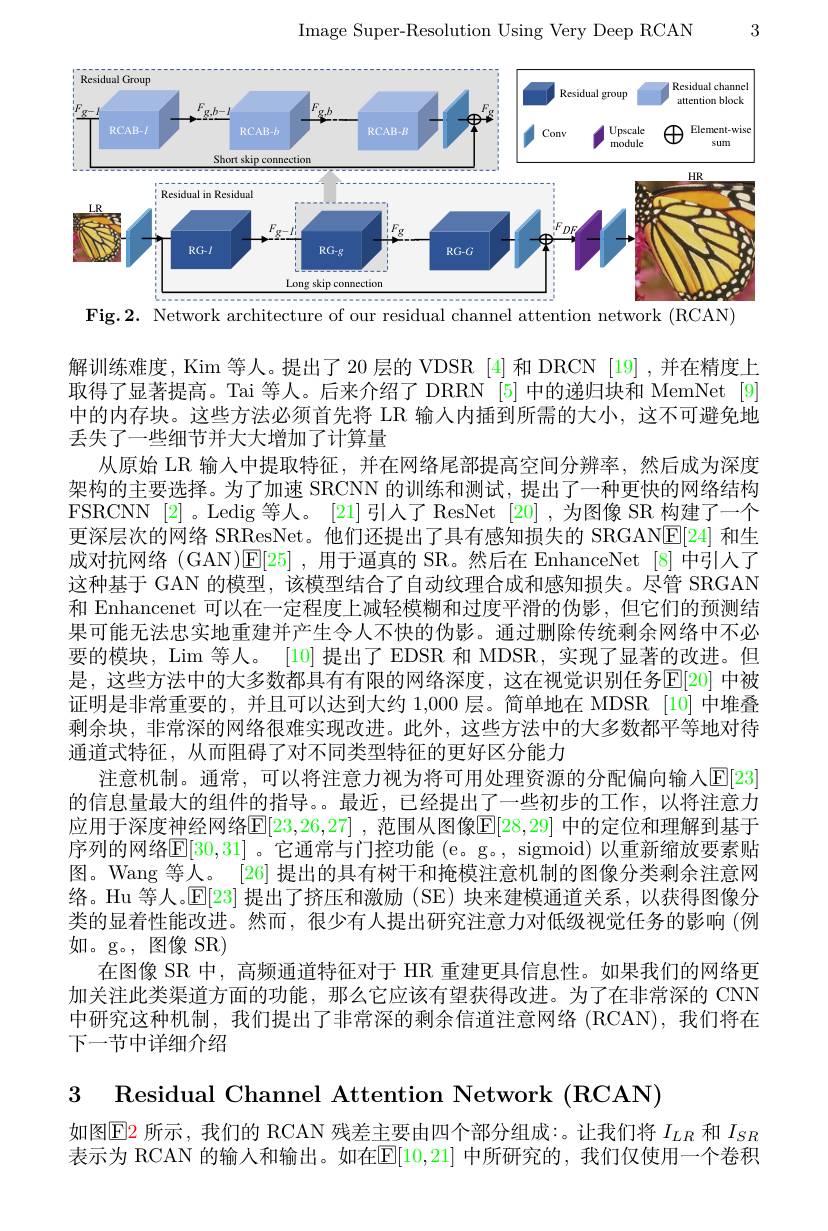
3

Image Super-Resolution Using Very Deep RCAN

<FigureHere>
Fig.2. Network architecture of our residual channel attention network (RCAN)

解训练难度，Kim 等人。提出了 20 层的 VDSR [4] 和 DRCN [19] ,并在精度上取得了显著提高。Tai 等人。后来介绍了 DRRN [5] 中的递归块和 MemNet [9] 中的内存块。这些方法必须首先将 LR 输入内插到所需的大小，这不可避免地丢失了一些细节并大大增加了计算量
从原始 LR 输入中提取特征，并在网络尾部提高空间分辨率，然后成为深度架构的主要选择。为了加速 SRCNN 的训练和测试，提出了一种更快的网络结构FSRCNN [2]。Ledig 等人。[21]引人了ResNet [20],为图像 SR 构建了一个更深层次的网络 SRResNet。他们还提出了具有感知损失的 SRGAN$\boxed{\mathrm{E}}[24]$和生成对抗网络 (GAN)[E[25],用于逼真的 SR。然后在 EnhanceNet [8]中引人了这种基于 GAN 的模型，该模型结合了自动纹理合成和感知损失。尽管 SRGAN 和 Enhancenet 可以在一定程度上减轻模糊和过度平滑的伪影，但它们的预测结果可能无法忠实地重建并产生令人不快的伪影。通过删除传统剩余网络中不必要的模块，Lim 等人。[10] 提出了 EDSR 和 MDSR, 实现了显著的改进。但是，这些方法中的大多数都具有有限的网络深度，这在视觉识别任务E[20] 中被证明是非常重要的，并且可以达到大约 1,000 层。简单地在 MDSR [10] 中堆叠剩余块，非常深的网络很难实现改进。此外，这些方法中的大多数都平等地对待通道式特征，从而阻碍了对不同类型特征的更好区分能力
注意机制。通常，可以将注意力视为将可用处理资源的分配偏向输入$\operatorname{E}[23]$ 的信息量最大的组件的指导。。最近，已经提出了一些初步的工作，以将注意力应用于深度神经网络$\mathbb{E}[23,26,27]$ ,范围从图像$\mathbb{E}[28,29]$ 中的定位和理解到基于序列的网络$\mathbb{E}[30,31]$ 。它通常与门控功能 (e。g., sigmoid) 以重新缩放要素贴图。Wang 等人。[26] 提出的具有树干和掩模注意机制的图像分类剩余注意网络。Hu 等人。E[23] 提出了挤压和激励 (SE) 块来建模通道关系，以获得图像分类的显着性能改进。然而，很少有人提出研究注意力对低级视觉任务的影响(例如。g。, 图像 SR)
在图像 SR 中，高频通道特征对于 HR 重建更具信息性。如果我们的网络更加关注此类渠道方面的功能，那么它应该有望获得改进。为了在非常深的 CNN 中研究这种机制，我们提出了非常深的剩余信道注意网络(RCAN),我们将在下一节中详细介绍

3 Residual Channel Attention Network (RCAN)

如图$\boxed{\mathrm{E}}$2 所示，我们的 RCAN 残差主要由四个部分组成：。让我们将$I_{LR}$和$I_{SR}$ 表示为 RCAN 的输人和输出。如在$\boxed{\mathrm{E}}[10,21]$ 中所研究的，我们仅使用一个卷积